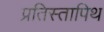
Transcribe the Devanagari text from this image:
प्रतिस्तापिथ